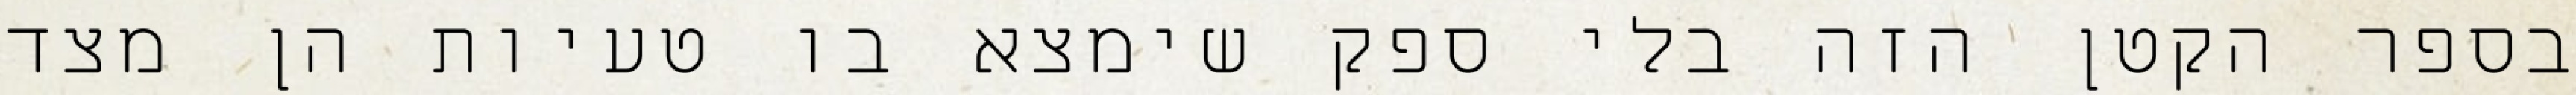
בספר הקטן הזה בלי ספק שימצא בו טעיות הן מצד